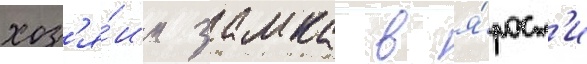
хоз'я́ин замка в я́рост'и